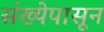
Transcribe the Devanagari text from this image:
संख्येपासून